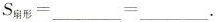
$$S_{扇形} = ___ = ___.$$